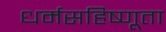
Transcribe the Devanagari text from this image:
धर्मसहिष्णूता